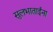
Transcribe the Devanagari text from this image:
सुलभाताईंना